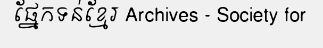
ផ្នែកទន់ខ្មែរ Archives - Society for